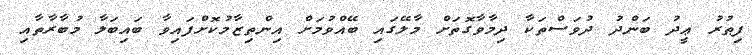
ފިޠުރު ޢީދު ބަންދު ދުވަސްތަކާ ދިމާވާގޮތަށް މާލޭގައި ބޭއްވުމަށް އިންތިޒާމުކޮށްފައިވާ ބައިބަލާ މުބާރާތާއި